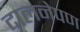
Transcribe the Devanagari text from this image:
दालनेपण